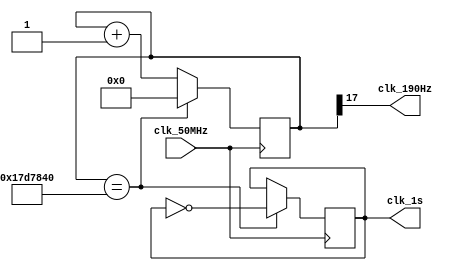
`timescale 1ns / 1ps
//////////////////////////////////////////////////////////////////////////////////
// Company: 
// Engineer: 
// 
// Design Name: 
// Module Name:    second_divf 
// Project Name: 
// Target Devices: 
// Tool versions: 
// Description: 
//
// Dependencies: 
//
// Revision: 
// Revision 0.01 - File Created
// Additional Comments: 
//
//////////////////////////////////////////////////////////////////////////////////
module second_divf(clk_50MHz,clk_1s,clk_190Hz);
input clk_50MHz;
output reg clk_1s;

output clk_190Hz;

reg [25:0] cnt;

assign clk_190Hz=cnt[17];

always @(posedge clk_50MHz)begin
	if(cnt==25_000_000) begin		
		cnt<=0;
		clk_1s<=~clk_1s;
	end
	else cnt<=cnt+1;
end
endmodule